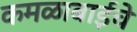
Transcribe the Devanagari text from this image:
कमळाबाईचे